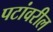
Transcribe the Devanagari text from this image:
पटांवरील